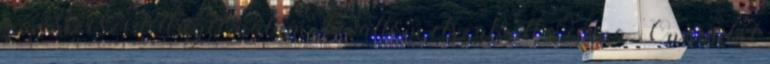
az összeszedettséget, nálam , bevallom elszakadt a cérna. Onnantól